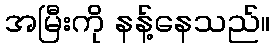
အမြီးကို နန့်နေသည်။